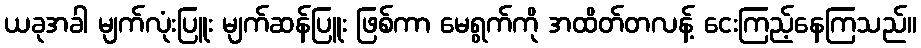
ယခုအခါ မျက်လုံးပြူး မျက်ဆန်ပြူး ဖြစ်ကာ မေရွက်ကို အထိတ်တလန့် ငေးကြည့်နေကြသည်။